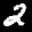
Label: 2